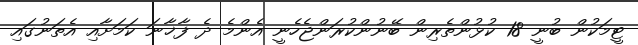
ޓީމަކުން ބުނީ 18 ކުޅުންތެރިން ބޭނުންކުރަންޖެހެނީ އެންމެ ދެ ފާޚާނަ ކަމަށާއި އެތަނުގައި